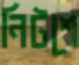
নিটশে